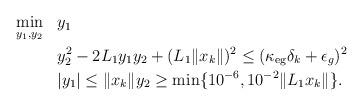
LaTeX: \begin{align*} \begin{aligned} &\min_{y_1,y_2} &&y_1 \;\; &&\\ & &&y_2^2 - 2L_1y_1y_2 + (L_1\|x_k\|)^2 \le (\kappa_{\rm eg} \delta_k + \epsilon_g)^2 \;\; && \\ &~ &&|y_1| \le \|x_k\| y_2 \ge \min\{10^{-6}, 10^{-2}\|L_1x_k\|\}. &&\end{aligned} \end{align*}